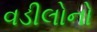
વડીલોનો